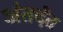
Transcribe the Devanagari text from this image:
अंतर्दंत